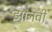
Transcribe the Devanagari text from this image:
झानवी